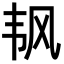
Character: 𬰲